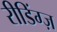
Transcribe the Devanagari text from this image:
रीडिंग्ज़